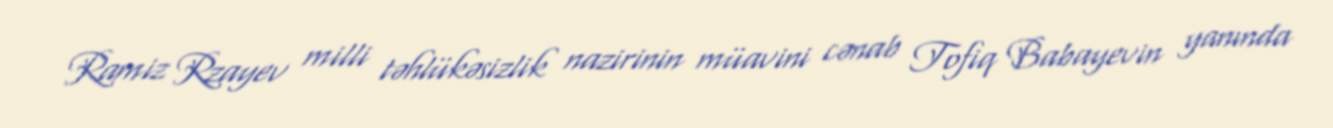
Ramiz Rzayev milli təhlükəsizlik nazirinin müavini cənab Tofiq Babayevin yanında